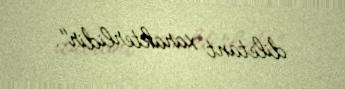
diletant xarakterlidir".